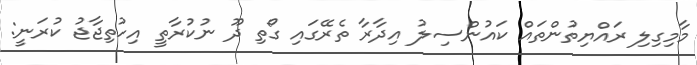
މާމިގިލި ރައްޔިތުންތައް ކައުންސިލު އިދާރާ ތެރޭގައި ގޯތި ދޫ ނުކުރާތީ އިހުތިޖާޖު ކުރަނީ: